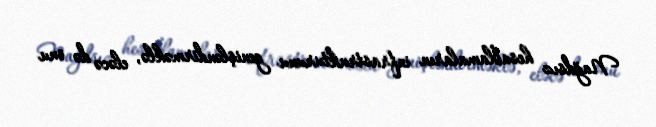
Nağdsız hesablamaların infrastrukturunu genişləndirməklə, eləcə də onu